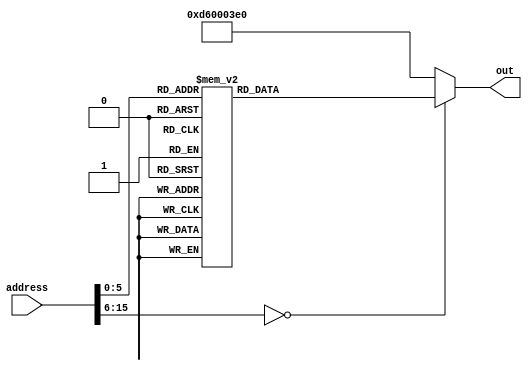
// auto generated from http://users.rowan.edu/~haskellt8/assembler/
module rom_case(out, address);
	output reg [31:0] out;
	input  [15:0] address; // address- 16 deep memory  
	always @(address) begin
		case (address)
			// Overclock (Nice!) Test
			16'h0000:  out = 32'b11010010100000000000000000100111; // MOVZ X7, 1
			// change the shift amount to change the delay
			// if using a testbench to debug then change the shift amoun to 1
			16'h0001:  out = 32'b1101001101100000_011000_0011100111; // LSL X7, X7, 24
			16'h0002:  out = 32'b11111000000000110000001111100111; // STUR X7, [XZR, 48]
			16'h0003:  out = 32'b11010001000001100101011111100000; // SUBI X0, XZR, 405
			16'h0004:  out = 32'b11010001000100000000001111100101; // SUBI X5, XZR, 1024
			16'h0005:  out = 32'b10110010000001000110011111100010; // ORRI X2, XZR, 281
			16'h0006:  out = 32'b10001011000001010000000001000010; // ADD X2, X2, X5
			16'h0007:  out = 32'b10001011000001010000000000000000; // ADD X0, X0, X5
			16'h0008:  out = 32'b10001011000001010000000010100101; // ADD X5, X5, X5
			16'h0009:  out = 32'b10001011000000100000000010100010; // ADD X2, X5, X2
			16'h000a:  out = 32'b11010011011000000000010010100101; // LSL X5, X5, 1
			16'h000b:  out = 32'b10001011000001010000000000000000; // ADD X0, X0, X5
			16'h000c:  out = 32'b11010011011000000000010010100101; // LSL X5, X5, 1
			16'h000d:  out = 32'b10001011000001010000000001000010; // ADD X2, X2, X5
			16'h000e:  out = 32'b11001011000001010000001111100101; // SUB X5, XZR, X5
			16'h000f:  out = 32'b10001011000000100000000000000000; // ADD X0, X0, X2
			16'h0010:  out = 32'b10001011000000100000000000000000; // ADD X0, X0, X2
			16'h0011:  out = 32'b11111000000000011000001111100000; // STUR X0, [XZR, 24]
			16'h0012:  out = 32'b11111000000000100000001111100010; // STUR X2, [XZR, 32]
			16'h0013:  out = 32'b11111000000000101000001111100101; // STUR X5, [XZR, 40]
			16'h0014:  out = 32'b10010001000000000000001111100000; // ADDI X0, XZR, 0
			16'h0015:  out = 32'b10010010000000000000001111100001; // ANDI X1, XZR, 0
			16'h0016:  out = 32'b11010010000000000000001111100010; // EORI X2, XZR, 0
			16'h0017:  out = 32'b10110010000000000000001111100011; // ORRI X3, XZR, 0
			16'h0018:  out = 32'b10101010000111110000001111100100; // ORR X4, X31, X31
			16'h0019:  out = 32'b10001010000111110000001111100101; // AND X5, X31, X31
			16'h001a:  out = 32'b10001010000111110000001111100110; // AND X6, X31, X31
			16'h001b:  out = 32'b11111000010000110000001111100111; // LDUR X7, [XZR, 48]
			16'h001c:  out = 32'b11010001000000000000010011100111; // SUBI X7, X7, 1
			16'h001d:  out = 32'b10110101111111111111111111000111; // CBNZ X7, -2
			16'h001e:  out = 32'b11010010100111111111111111100000; // MOVZ X0, 65535
			16'h001f:  out = 32'b11010001000000000000011111100001; // SUBI X1, XZR, 1
			16'h0020:  out = 32'b11010010100111111111111111100010; // MOVZ X2, 65535
			16'h0021:  out = 32'b11010001000000000000011111100011; // SUBI X3, XZR, 1
			16'h0022:  out = 32'b11010010100111111111111111100100; // MOVZ X4, 65535
			16'h0023:  out = 32'b11010001000000000000011111100101; // SUBI X5, XZR, 1
			16'h0024:  out = 32'b11010001000000000000011111100110; // SUBI X6, XZR, 1
			16'h0025:  out = 32'b11111000010000110000001111100111; // LDUR X7, [XZR, 48]
			16'h0026:  out = 32'b11010001000000000000010011100111; // SUBI X7, X7, 1
			16'h0027:  out = 32'b10110101111111111111111111000111; // CBNZ X7, -2
			16'h0028:  out = 32'b11111000010000011000001111100100; // LDUR X4, [XZR, 24]
			16'h0029:  out = 32'b11111000010000100000001111100010; // LDUR X2, [XZR, 32]
			16'h002a:  out = 32'b11111000010000101000001111100101; // LDUR X5, [XZR, 40]
			16'h002b:  out = 32'b10010001000000000000000001000011; // ADDI X3, X2, 0
			16'h002c:  out = 32'b10110010000000010000000001100011; // ORRI X3, X3, 64
			16'h002d:  out = 32'b11010010100000000000000100000111; // MOVZ X7, 8
			16'h002e:  out = 32'b11001011000001110000000001100011; // SUB X3, X3, X7
			16'h002f:  out = 32'b11010010100000000000000000100111; // MOVZ X7, 1
			16'h0030:  out = 32'b11001010000001110000000001100001; // EOR X1, X3, X7
			16'h0031:  out = 32'b11001011000001010000000000100001; // SUB X1, X1, X5
			16'h0032:  out = 32'b10110010000000000000000010000000; // ORRI X0, X4, 0
			16'h0033:  out = 32'b11010010100000000000000000000101; // MOVZ X5, 0
			16'h0034:  out = 32'b11010010100000000000000000000110; // MOVZ X6, 0
			16'h0035:  out = 32'b11111000010000110000001111100111; // LDUR X7, [XZR, 48]
			16'h0036:  out = 32'b11010001000000000000010011100111; // SUBI X7, X7, 1
			16'h0037:  out = 32'b10110101111111111111111111000111; // CBNZ X7, -2
			16'h0038:  out = 32'b11010110000000000000001111100000; // BR XZR
			default: out=32'hD60003E0; //BR XZR
		endcase
	end
endmodule